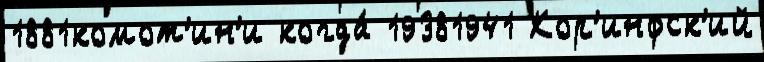
1881комот'ин'и когда́ 19381941 Кор'инфск'ий